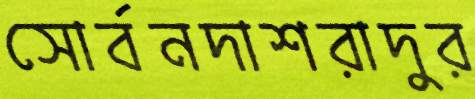
সোর্বনদাশরাদুর